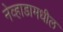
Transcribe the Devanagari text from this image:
नेव्हाडामधील